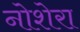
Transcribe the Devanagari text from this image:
नोशेरा